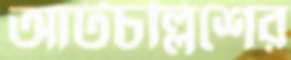
আটচল্লিশের